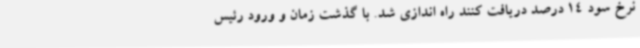
نرخ سود 14 درصد دریافت کنند راه اندازی شد. با گذشت زمان و ورود رئیس